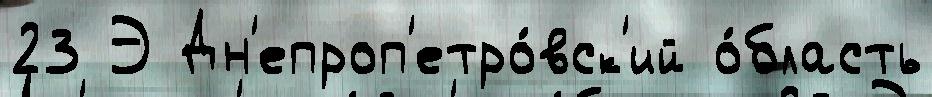
23 Э Дн'епроп'етро́вск'ий о́бласть